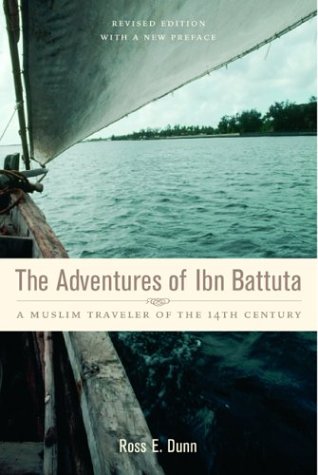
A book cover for The Adventures of Ibn Battuta: A Muslim Traveler of the Fourteenth Century; Ross E. Dunn; Biographies & Memoirs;